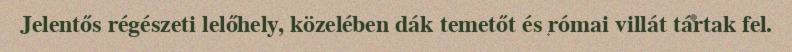
Jelentős régészeti lelőhely, közelében dák temetőt és római villát tártak fel.